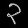
Digit: ၃